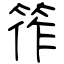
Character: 筰